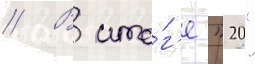
// В ито́г'е "20"